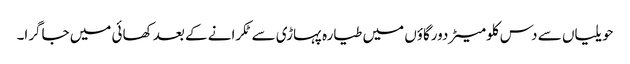
حویلیاں سے دس کلومیٹردورگاؤں میں طیارہ پہاڑی سے ٹکرانے کے بعد کھائی میں جاگرا۔